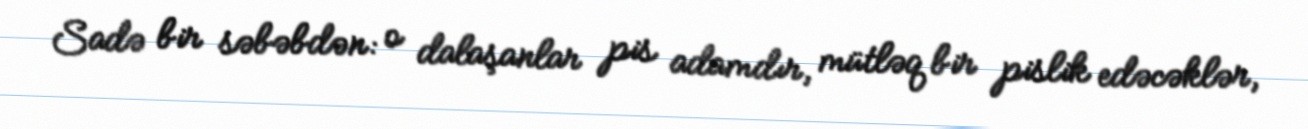
Sadə bir səbəbdən: o dalaşanlar pis adamdır, mütləq bir pislik edəcəklər,